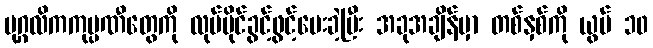
ပုဂ္ဂလိကကုမ္ပဏီတွေကို လုပ်ပိုင်ခွင့်ဖွင့်ပေးခဲ့ပြီး အခုအချိန်မှာ တစ်နှစ်ကို ယွမ် ၁၀